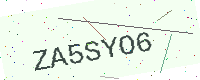
Text: ZA5SYO6